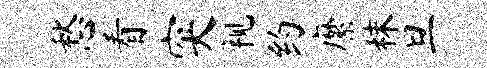
愁看突视约縻秣旦